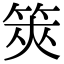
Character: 筴